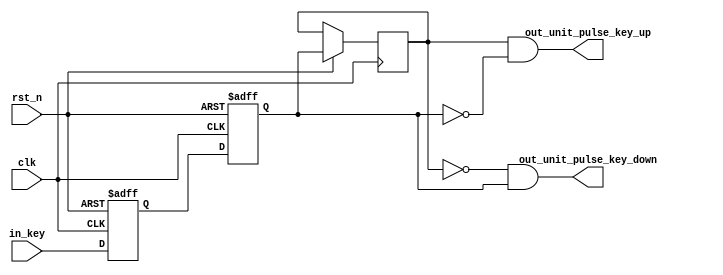
// *************************************************
//
// Module name      : Key_Unit_Pulse
//
// Date             :
// Version          : V 1.0
//
// History
// -------------------------------------------------
// $log$
//      Add V 1.0 
//
// *************************************************

module Key_Unit_Pulse (
    // INPUT
    in_key,
    clk,
    rst_n,
    // OUTPUT
    out_unit_pulse_key_up,
    out_unit_pulse_key_down,
);

input			clk,rst_n;
input			in_key;
output		out_unit_pulse_key_up;
output 		out_unit_pulse_key_down;

reg key_1,key_2,key_3;

always @ (posedge clk or negedge rst_n)
begin
	if(!rst_n)
	begin
		key_1 <= 1'b1;
		key_2 <= 1'b1;
		key_2 <= 1'b1;
	end
	else
	begin
		key_1 <= in_key;
		key_2 <= key_1;
		key_3 <= key_2;
	end
end

assign out_unit_pulse_key_down = (~key_3)&(key_2);
assign out_unit_pulse_key_up = (key_3)&(~key_2);

endmodule